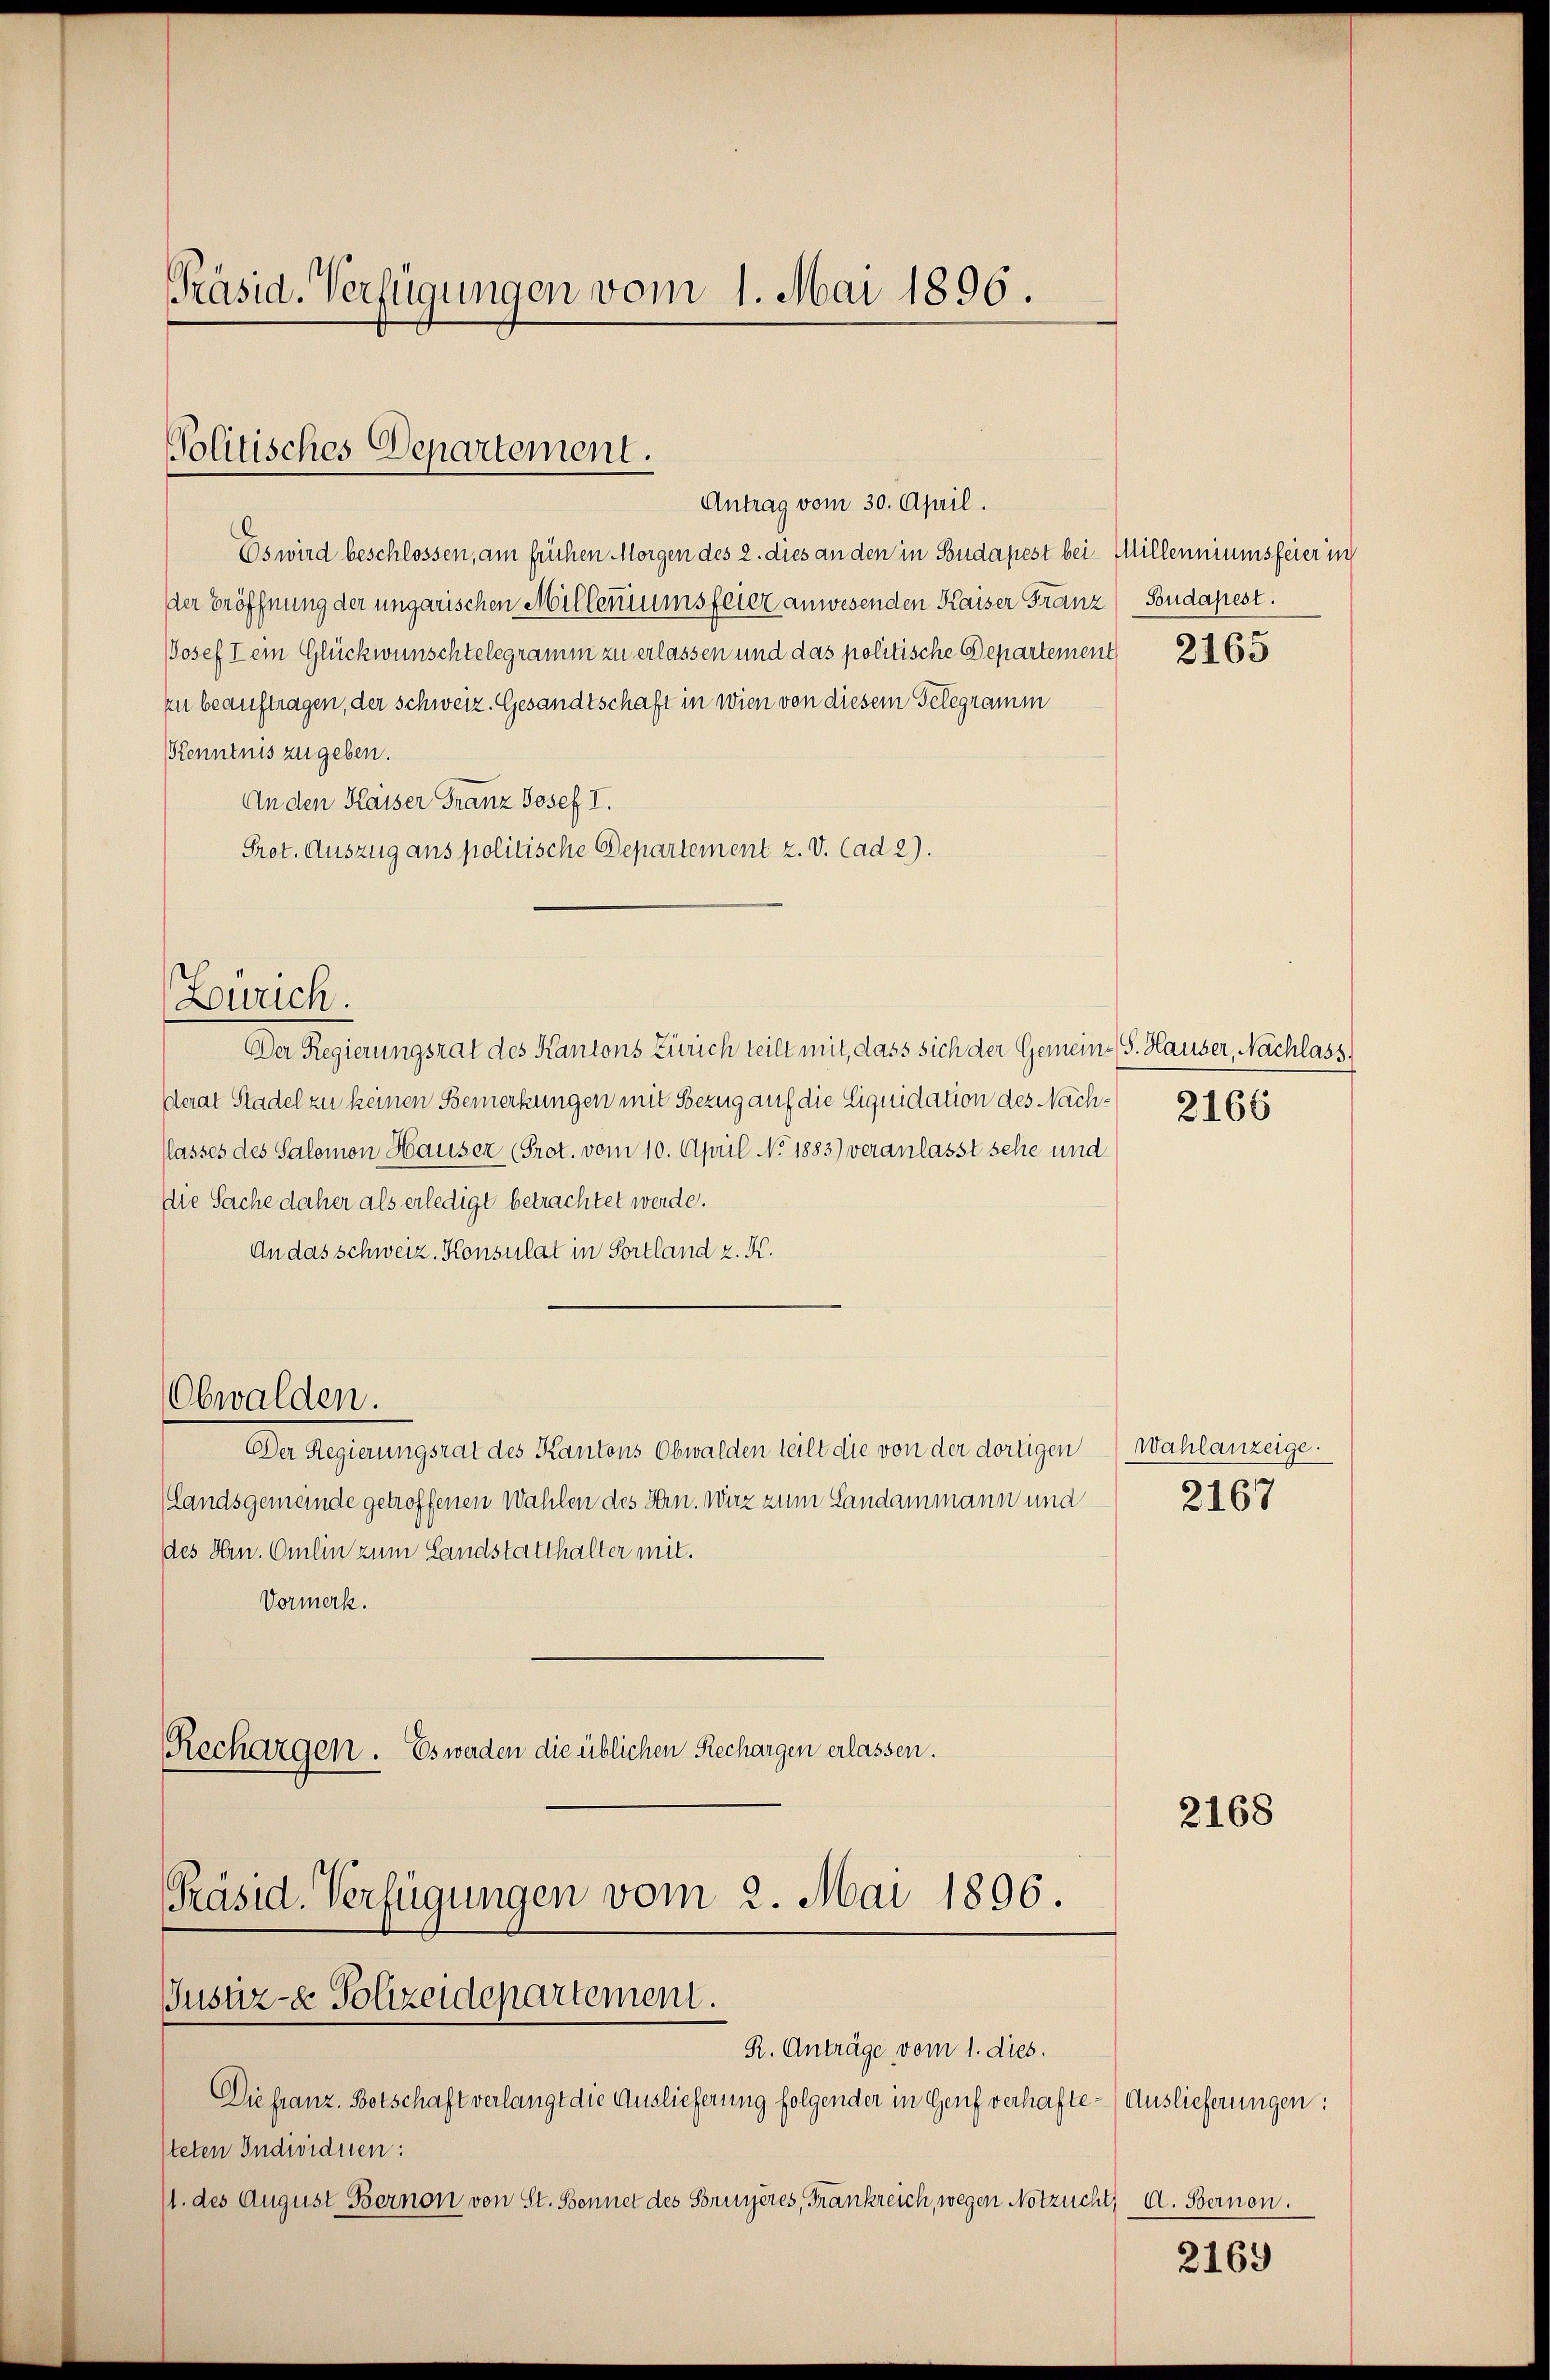
Präsid. Verfügungen vom 1. Mai 1896.

Politisches Departement.
Antrag vom 30. April.

Es wird beschlossen, am frühen Morgen des 2. dies an den in Budapest bei Millenniumsfeier in
der Eröffnung der ungarischen Millenumsfeier anwesenden Kaiser Franz Budapest.
Josef dem Glückwünschtelegramm zu erlassen und das politische Departement
zu beauftragen, der schweiz. Gesandtschaft in wien von diesem Telegramm
Kenntnis zugeben.
An den Kaiser Franz Josef I.
Prot. Auszug ans politische Departement z. V. Cad 2).
Der Regierungsrat des Kantons Zürich teilt mit, dass sich der Gemein-S. Hauser, Nachlass
derat Stadel zu keinen Bemerkungen mit Bezug auf die Liquidation des Nach- 2165
flasses des Salomon Hauser (Prot. vom 10. April No 1883) veranlasst sehe und
die Sache daher als erledigt betrachtet werde.
An das schweiz. Konsulat in Fortland z. K.
Obwalden.
Der Regierungsrat des Kantons Obwalden teilt die von der dortigen
(Landsgemeinde getroffenen Wahlen des Hrn. Wirz zum Landammann und
des Hrn. Omlin zum Landstatthalter mit.
Vormerk.
Rechargen. Es werden die üblichen Rechargen erlassen.
Präsid. Verfügungen vom 2. Mai 1896.

Zürich.

Justiz- & Polizeidepartement.
R. Anträge vom 1. dies.

Die franz. Botschaft verlangt die Auslieferung folgender in Genf verhaftesteten Individuen:
11. des August Bernon von St. Bennet des Soruyères, Frankreich, wegen Notzucht, d. Bernen.

2165

Wahlanzeige.
2167

2168

Auslieferungen:
2169